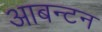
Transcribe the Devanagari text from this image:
आबन्टन